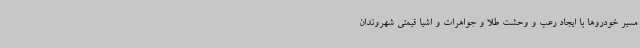
مسیر خودروها با ایجاد رعب و وحشت طلا و جواهرات و اشیا قیمتی شهروندان